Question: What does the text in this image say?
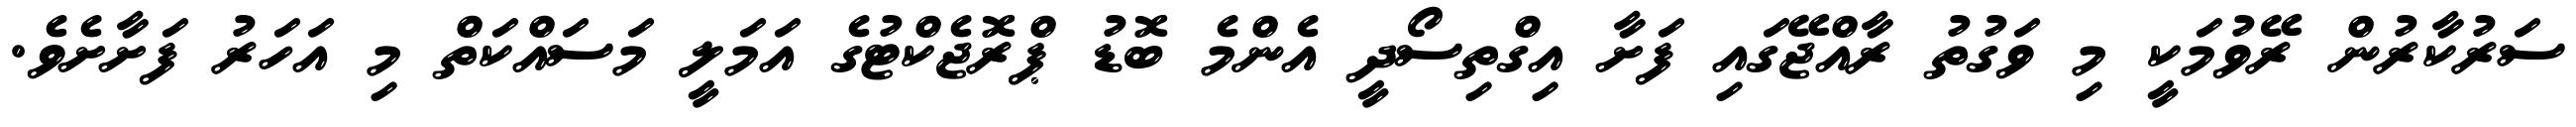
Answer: ސަރުކާރުން ރޭވުމަކީ މި ވަގުތު ރާއްޖޭގައި ފަށާ އިގްތިސޯދީ އެންމެ ބޮޑު ޕްރޮޖެކްޓުގެ އަމަލީ މަސައްކަތް މި އަހަރު ފަށާށެވެ.